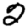
Digit: 2